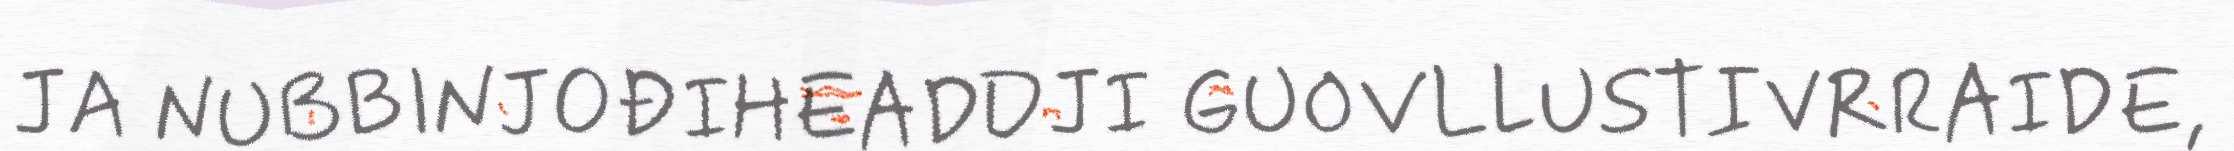
JA NUBBINJOĐIHEADDJI GUOVLLUSTIVRRAIDE,